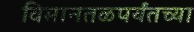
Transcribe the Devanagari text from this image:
विमानतळपर्यंतच्या